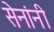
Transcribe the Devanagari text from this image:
सेनांनी